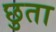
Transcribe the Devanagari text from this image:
छुता